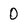
Character: 0